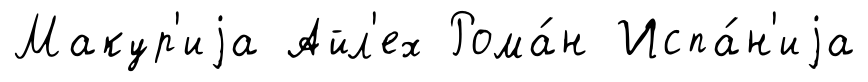
Макур'иjа Айл'ех Рома́н Испа́н'иjа